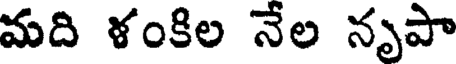
మది ళంకిల నేల నృపా